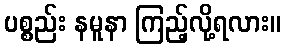
ပစ္စည်း နမူနာ ကြည့်လို့ရလား။